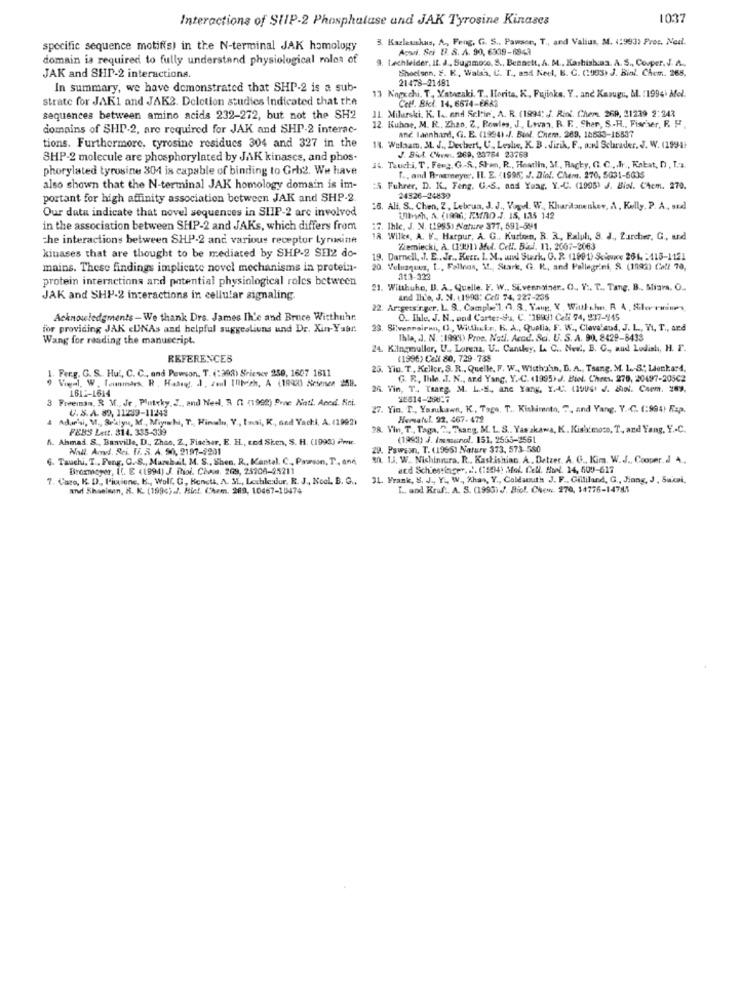
Interactions of SHIP-2 Phosphatase and JAK Tyrosine Kinases
1037
3. Kazleuthas, A ., Feng, G. S ., Pawson, T ., and Valius, M. (19933 Proc. Ned.
specific sequence motifis) in the N-terminal JAK homology
Aowdi. Sei B. S. A. 90, 6339-6843
domain is required to fully understand physiological rolos of
9. Lachleider, It. J ., Supmoco, S ., Benactt, A. M ., Kashish.as. A. S ., Couper. J. A ..
Shockson, E. K. Walsh, C. T ., and Neck, B. C. (1993) J. Bial. Chem. 268,
JAK and SHIP-2 interactions.
21478-21481
In summary, we have demonstrated that SHP-2 is a sub-
strate for JAKI and JAK2. Deletion studies indicated that the
13 Nopochi, T. Vatacaki. T ., Horita, K. Fujinks. Y .. and Kazugu, M. (1994. Mel.
Celf. Bici. 14. 6674-6682
sequences between amino acids 232-272, but not the SH2
11. Milarski. K. 1 .. and Selfie'. A. R. (1994; J. Riol. Chem 269, 21239 2:243
domains of SHP-2, are required for JAK and SHP-2 interac-
12. Kuhne, M. R ., Zhao. Z, Powles, J ., Lovas. R. F ., Sher, S.H ., Fischer, R. F.
And. laenhand, G. E. (19941 .J. Biol, Chem. 269, 18633-18837
tions. Furthermore, tyrosine residues 304 and 327 in the
14. Welaam. M. J ., Dechert, U ., Leslie, K. B . Jirik, F ., and Schrader. J. W. (1994)
J. Bit. Chem. 269, 23764 23768
SHP-2 molecule are phosphorylated by JAK kinascs, and phos.
phorylated tyrosine 304 is capable of binding to Grb2. We have
14. Tauchi, T. Feng, G.S ., Shan, R ., Heatlin, M ., Backy, C. C ... Ir ., Kabat, D , T.a.
T ., and R-agreeyer, IL. E. (1995; . J. Diol. Chem. 270, 5031-5035
also shown that the N-terminal JAK homology domain is im-
:5. Fuhrer, D. K ., Feng. G .- S, and Yaag. Y .- C. (1995) J. Bin. Chem. 270.
portant for high affinity association between JAK and SHP-2
24326-24839
Our data indicate that novel sequences in SHIP-2 are involved
26. Ali, S ., Chen, 2, Lebrun, J. J ., Vogel. W ., Khardanenker, A, Kelly. P. A, sudd
Ullnach, A. (1996; EMTROJ. 15. 1.35 142
in the association between SHP-2 and JAKs, which differs from
17. Ihlc, J. M. (1995) Nature 377, 691-591
che interactions between SHP-2 and various receptor Lyrunine
IR. Wilks, A. W' ., Harpur, A. G ., Kurton, R. R ., Ealph, S. J ., Zurcher, G, und
Ziemiecki, A. (1991) Mul. Cell. Biul. 11. 2007-2063
kinases that are thought to be mediated by SHP-2 SEI2 do-
19. Darnell, J. E ., Jr ., Keer. I. M ., und Stark, O. R. (1991) Sciavec 261. : 415-1151
mains. These findings implicate novel mechanisms in protein-
20. Velazquez, L .., Fallens, M ., Stark, G. R ., and Pellegrini, S. (1992) Call 70,
protein interactions and potential physiological roles between
313-323
21. Witthuhe, B. A. Quelle. F. W .. Sivennainer. O ., Y :. T ., Tang. B ., Stiara. O ..
JAK and SHP-2 interactions in cellular signaling
und Ih'e, J. N. (1993: Cell 74, 227-235
22. Arzgets'rger, L. 9 ., Camplel, 7, 8, Yang, X, Wiul chn, R A , Siermines,
Acknowledgments - We thank Drs. James Ih'e and Bruce Wirthuhr.
O. Ihle, J. N ., and Carter-94, C. "1993) Cel 74, 237-945
for providing JAK <UNAs and helpful suggestiuns und Dr. Xin-Yaar.
23. Silvenneiran, (3, Within, R. A ., Quella, F. W ., Cleveland, J. L, Vi, T ., and
Wang for reading the manuscript.
Ibla, J. N. : 1999) Proe. Natl. Accd. Sci. U. S. A. 90. 8429-8433
24. Kiingmuller, U ., Lorena, U .. Cansky, L. C .. Ned, B. C ., aud Lodish, H. F.
REFERENCES
(1996) Cell 80, 729-738
1. Ferg. G. S. Hu ., C. C ., and Powson, T. (:393) Sriewr 250, 1607 1811
25. Yin. T ., Keller, S. R ., Quelle, F. W ., Widthafin, D. A ., Tsang. M. L. S." Lienkard,
G. R. Ihle. . I. N ., and Yang, Y. C. (1995) J. Biel. Chres. 270, 20497-20502
1612-1614
24. Vin, T. Trarg. M. L. S. ane Yang, YA. (199GI J. SINl. Chem. 289,
3 Freeman, R M ., Je , Pluteky, Z ., and Ned, 3 ( (1992) Pvae Natt. Aced. Sci.
12814-20027
U. S. A. 89, 11239-11243
27. Yin. T ., Yasukawn, K. Tage. T ., Kishimoto, ", and Yang. Y. C. (:994) Exp.
4 Adr'si, M ., Seklyn, M ., Miyahi, T. Rinale, Y ., Insi, K ., nad Yachi, A. (1992)
Hemsalul. 92, 467. 472
FEBS Lett. 314. 335-339
28. Vin, T ., Taga, ., Tkang, M. L. S .. Yasakawa, K . Kishimoto, T, and Yang, Y .- C.
A. Ahmad S ., Banville, D ., Zhas, Z, Fischer, E. H ., end Sken, S. H. (1998) Pwww.
(1990) J. Immunol. 151, 2555-2561
Wall. And. Rei. IF. S. A. 50, 2197-2201
29. Pawson, T. (1965) Nature 373, 573-580
6. Tauchi. T ., Fang, C.S ., Marchail, M. S ., Shen, R ., Kantal. C ., Prawn, T, and
sh. I.J. W. Nichinmura. R ., Kastishian. A. Detrer. A. G ., Kira. W.J ., Cooper, J 4.
Broxmeyer, I. E (1994) J. Phol. Chees, 209, 23206-95211
acd Schiestinger. .. (1994) Mol. Cell. Honl. 14, 500-617
7. Caro, K. D ., Piccione, K ., Woll G, Bencti, A. 3L, Lechile:dur, R. J ., Nool, B. G .,
31. Frank, S. J ., Y ., W ., Khan, Y ., Caldamuth J. F ., Gilliland, G ., Jiang, J, Sacai,
and Shaeinen, S. K. (1996).J. Hic !. Chem. 269, 10467-10474
[ .. and Rruf .. A. S. (1995) J. Biol. Chew. 270, 14776-14715